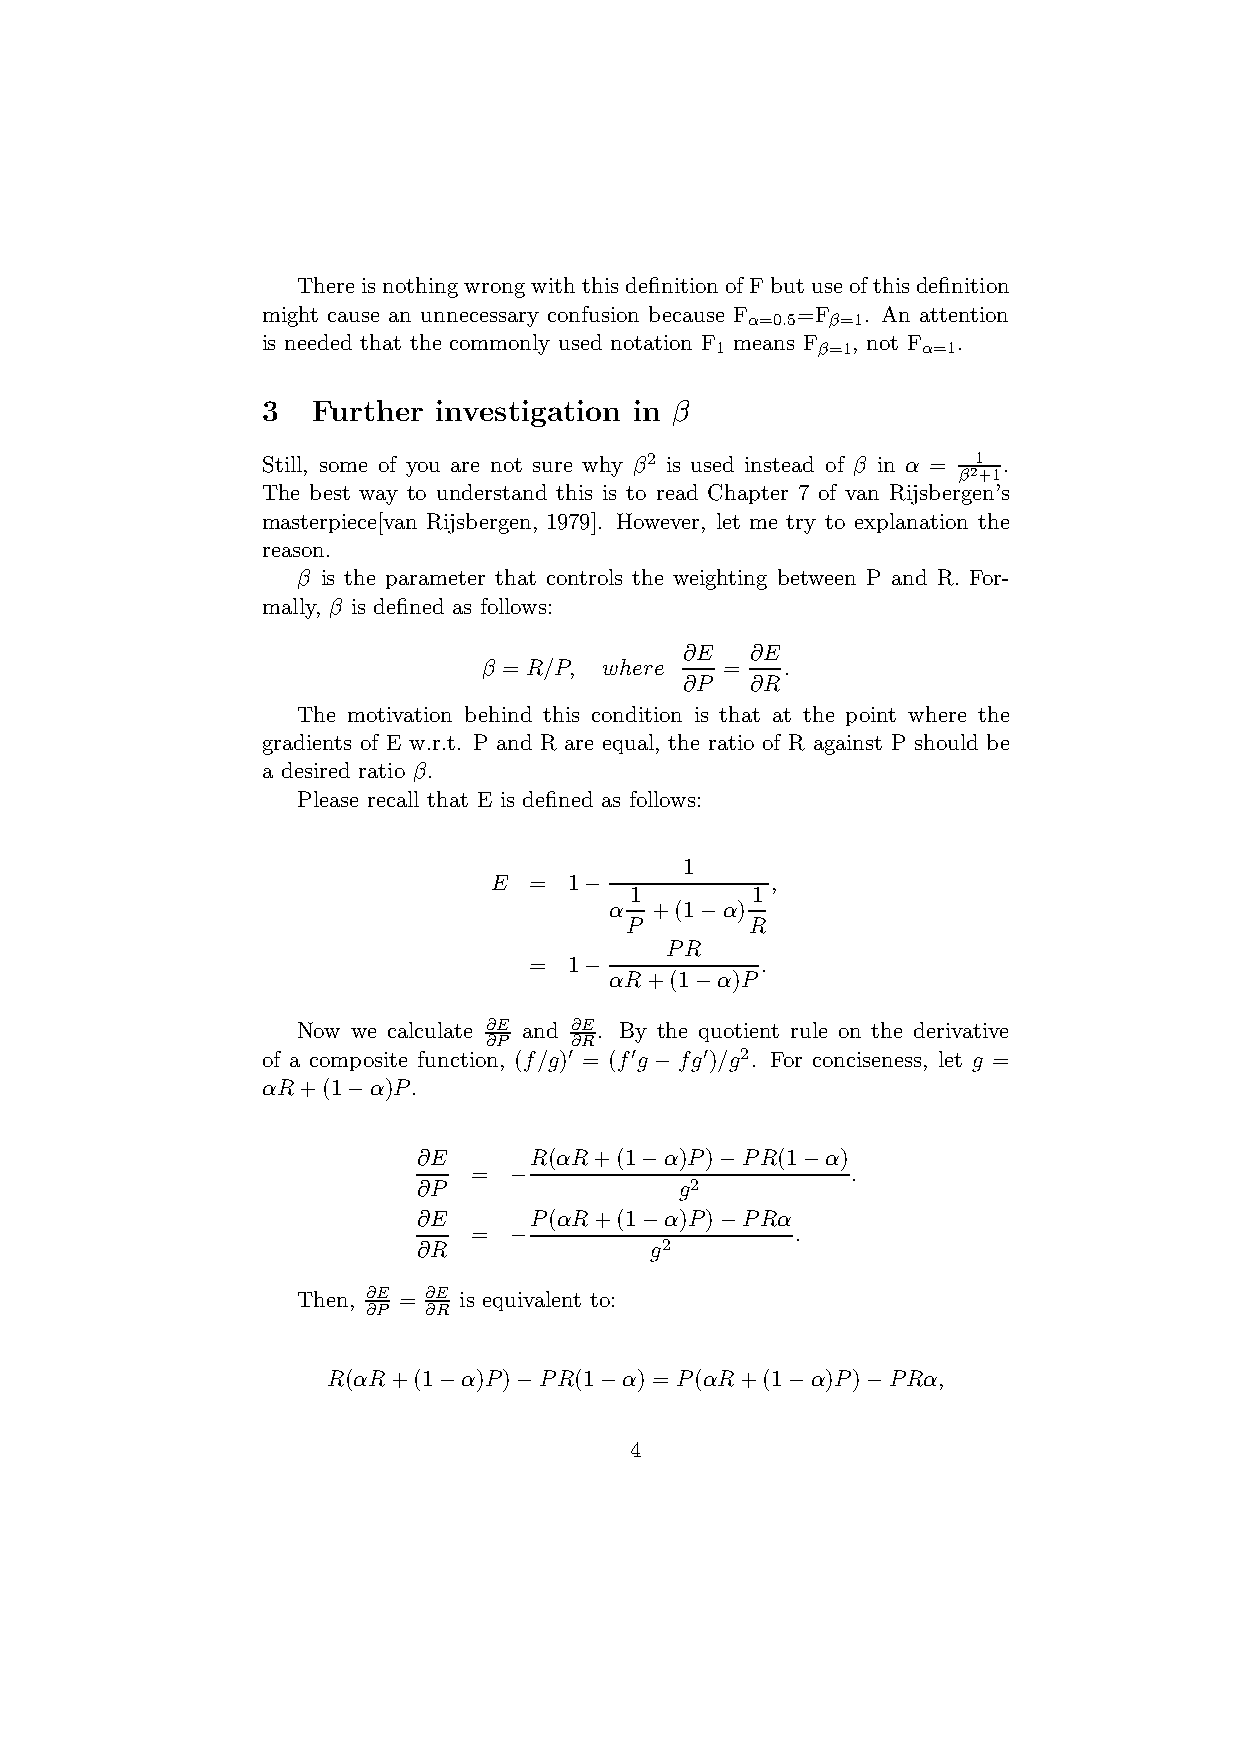
Thereis nothingwrongwiththis definitionof Fbutuseof thisdefinition
 might cause an unnecessary confusion because F α=0.5=F β=1. An attention
 is needed that the commonly used notation F1 means F β=1, not F α=1.
 3   Further investigation in β
 Still, some of you are not sure why β2 is used instead of β in α = 1 .
 β2+1
 The best way to understand this is to read Chapter 7 of van Rijsbergen’s
 masterpiece[van Rijsbergen, 1979]. However, let me try to explanation the
 reason.
 β is the parameter that controls the weighting between P and R. For-
 mally, β is defined as follows:
 ∂E   ∂E
 β = R/P, where  =   .
 ∂P   ∂R
 The motivation behind this condition is that at the point where the
 gradients of E w.r.t. P and R are equal, the ratio of R against P should be
 a desired ratio β.
 Please recall that E is defined as follows:
 1
 E  =  1−           ,
 1       1
 α  +(1−α)
 P        R
 PR
 =  1−          .
 αR+(1−α)P
 Now we calculate ∂E and ∂E. By the quotient rule on the derivative
 ∂P    ∂R
 of a composite function, (f/g)′ = (f′ g −fg′ )/g2. For conciseness, let g =
 αR+(1−α)P.
 ∂E     R(αR+(1−α)P)−PR(1−α)
 =  −                     .
 ∂P               g2
 ∂E     P(αR+(1−α)P)−PRα
 =  −                  .
 ∂R             g2
 Then, ∂E = ∂E is equivalent to:
 ∂P  ∂R
 R(αR+(1−α)P)−PR(1−α) = P(αR+(1−α)P)−PRα,
 4